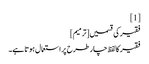
[1]
فقیر کی قسمیں[ترمیم]
فقیر کا لفظ چار طرح پر استعمال ہوتا ہے۔